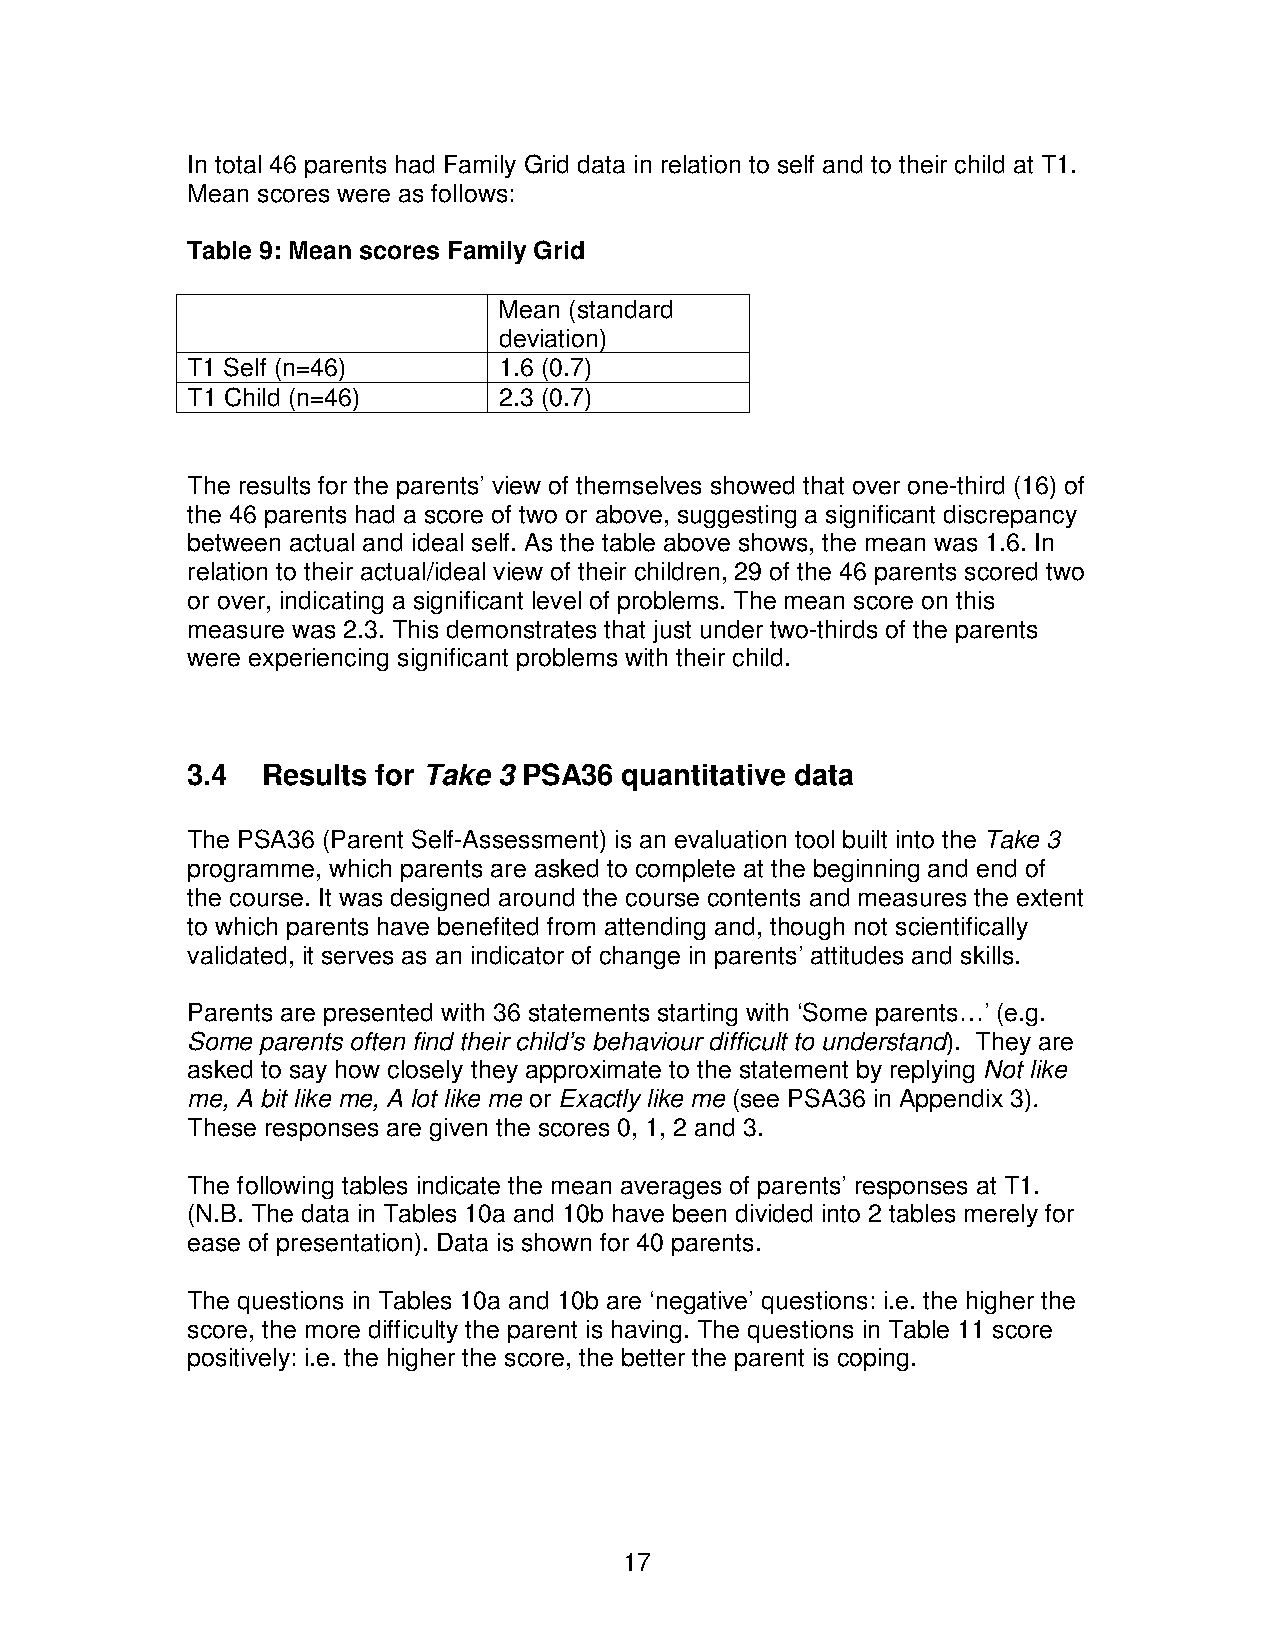
In total 46 parents had Family Grid data in relation to self and to their child at T1.
 Mean scores were as follows:
 Table 9: Mean scores Family Grid
 Mean (standard
 deviation)
 T1 Self (n=46)       1.6 (0.7)
 T1 Child (n=46)      2.3 (0.7)
 The results for the parents’ view of themselves showed that over one-third (16) of
 the 46 parents had a score of two or above, suggesting a significant discrepancy
 between actual and ideal self. As the table above shows, the mean was 1.6. In
 relation to their actual/ideal view of their children, 29 of the 46 parents scored two
 or over, indicating a significant level of problems. The mean score on this
 measure was 2.3. This demonstrates that just under two-thirds of the parents
 were experiencing significant problems with their child.
 3.4  Results for Take 3 PSA36 quantitative data
 The PSA36 (Parent Self-Assessment) is an evaluation tool built into the Take 3
 programme, which parents are asked to complete at the beginning and end of
 the course. It was designed around the course contents and measures the extent
 to which parents have benefited from attending and, though not scientifically
 validated, it serves as an indicator of change in parents’ attitudes and skills.
 Parents are presented with 36 statements starting with ‘Some parents…’ (e.g.
 Some parents often find their child’s behaviour difficult to understand). They are
 asked to say how closely they approximate to the statement by replying Not like
 me, A bit like me, A lot like me or Exactly like me (see PSA36 in Appendix 3).
 These responses are given the scores 0, 1, 2 and 3.
 The following tables indicate the mean averages of parents’ responses at T1.
 (N.B. The data in Tables 10a and 10b have been divided into 2 tables merely for
 ease of presentation). Data is shown for 40 parents.
 The questions in Tables 10a and 10b are ‘negative’ questions: i.e. the higher the
 score, the more difficulty the parent is having. The questions in Table 11 score
 positively: i.e. the higher the score, the better the parent is coping.
 17